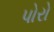
પોરો